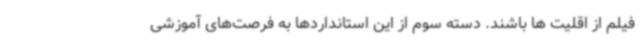
فیلم از اقلیت ها باشند. دسته سوم از این استانداردها به فرصت‌های آموزشی